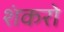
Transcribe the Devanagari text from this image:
शंकरो